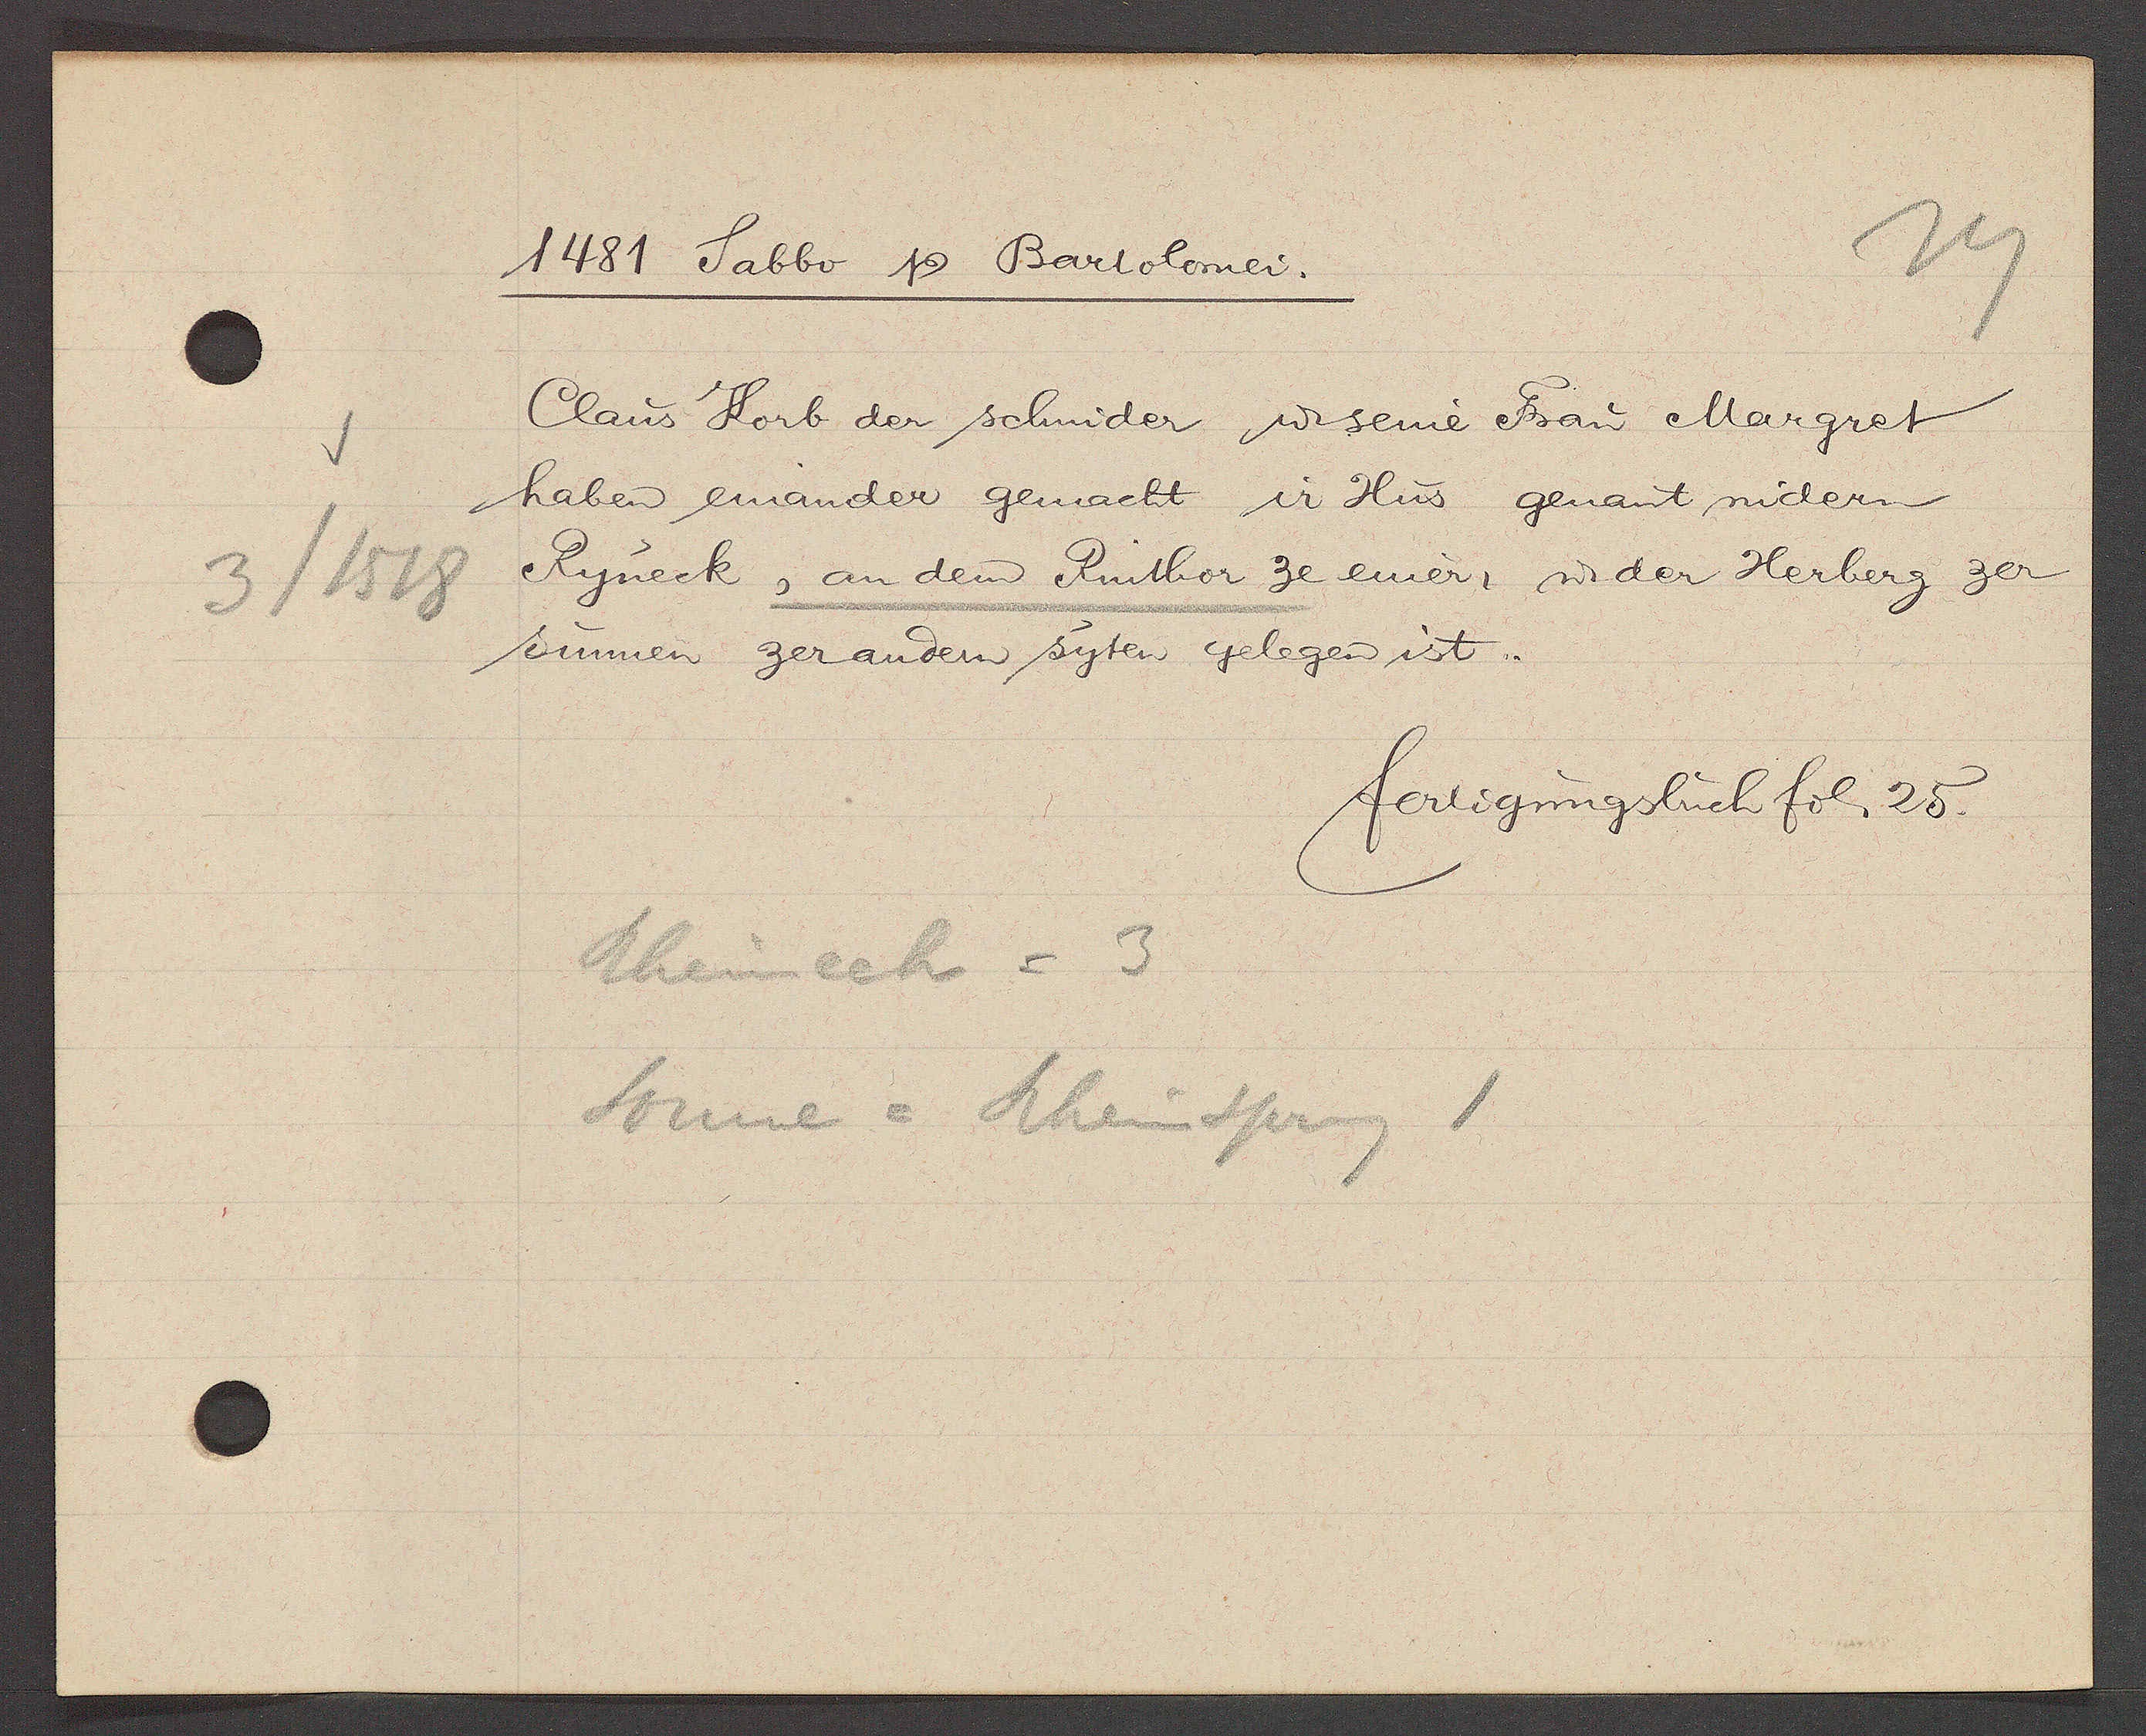
Transcript:
3/ 1518

1481 Sabbo Ƿ Bartolomei.

Claus Korb der schmider ư seine Frau Margret
haben einander gemacht ir Hus genant nidern
Ryneck, an dem Rinthor ze einer, wider Herberg zer
Sunnen zer andern syten gelegen ist.

fertigungsbuch fol 25.

Rheinech = 3
Sonne = Rheinsprung 1